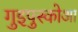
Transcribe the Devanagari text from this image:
गुइपुस्कोआ